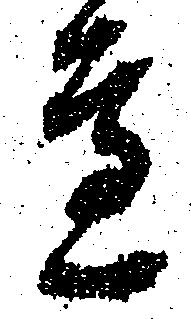
辺